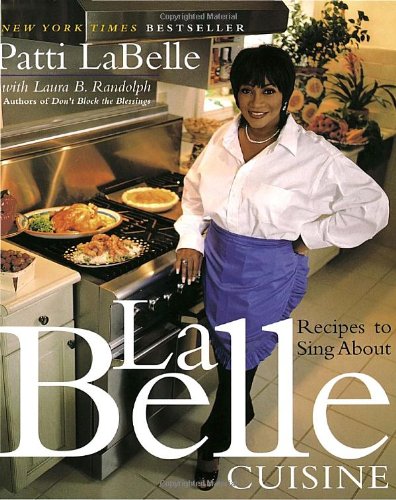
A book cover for LaBelle Cuisine: Recipes to Sing About; Patti Labelle; Cookbooks, Food & Wine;